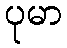
ပုမာ